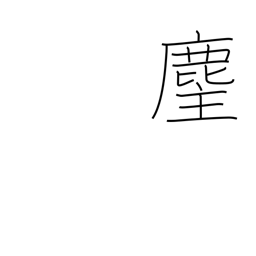
Meaning: priest's horsehair flapper